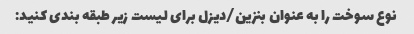
نوع سوخت را به عنوان بنزین/دیزل برای لیست زیر طبقه بندی کنید: